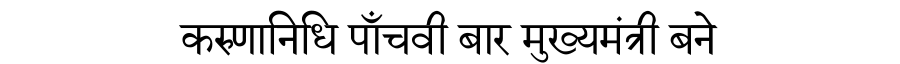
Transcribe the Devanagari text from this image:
करुणानिधि पाँचवी बार मुख्यमंत्री बने